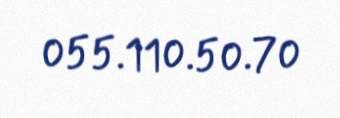
055.110.50.70